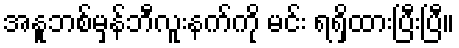
အနူဘစ်မှန်ဘီလူးနက်ကို မင်း ရရှိထားပြီးပြီ။